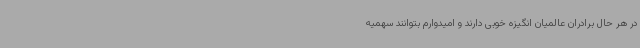
در هر حال برادران عالمیان انگیزه خوبی دارند و امیدوارم بتوانند سهمیه